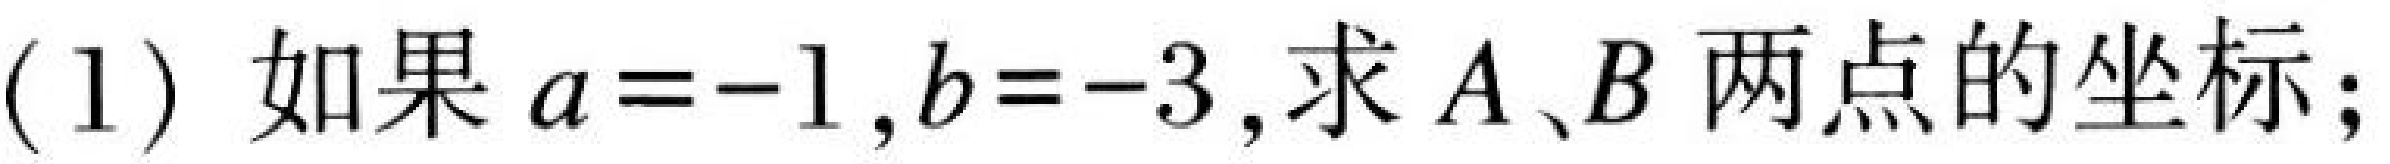
(1) 如果\(a = - 1\)，\(b = - 3\)，求\(A\)、\(B\)两点的坐标；